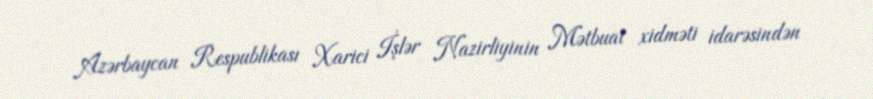
Azərbaycan Respublikası Xarici İşlər Nazirliyinin Mətbuat xidməti idarəsindən